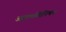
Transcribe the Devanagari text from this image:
अक्रमविनिमय